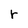
Character: r